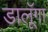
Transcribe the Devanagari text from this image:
डालूॅगा